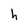
Character: h